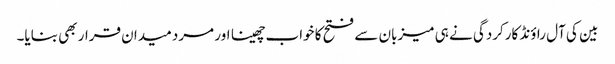
بین کی آل راؤنڈ کارکردگی نے ہی میزبان سے فتح کا خواب چھینا اور مرد میدان قرار بھی بنایا۔